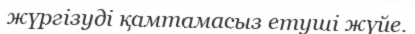
жүргізуді қамтамасыз етуші жүйе.